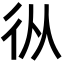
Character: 𢓅